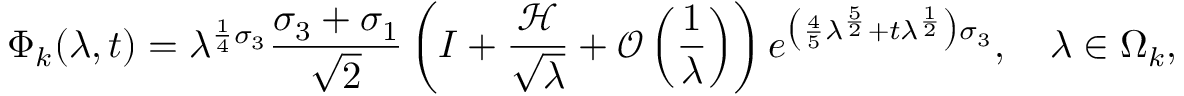
\Phi _ { k } ( \lambda , t ) = \lambda ^ { \frac { 1 } { 4 } \sigma _ { 3 } } \frac { \sigma _ { 3 } + \sigma _ { 1 } } { \sqrt { 2 } } \left( I + \frac { \mathcal { H } } { \sqrt { \lambda } } + \mathcal { O } \left( \frac { 1 } { \lambda } \right) \right) e ^ { \big ( \frac { 4 } { 5 } \lambda ^ { \frac { 5 } { 2 } } + t \lambda ^ { \frac { 1 } { 2 } } \big ) \sigma _ { 3 } } , \quad \lambda \in \Omega _ { k } ,